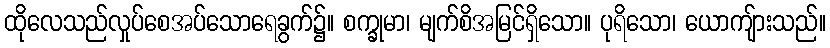
ထိုလေသည်လှုပ်စေအပ်သောရေခွက်၌။ စက္ခုမာ၊ မျက်စိအမြင်ရှိသော။ ပုရိသော၊ ယောကျ်ားသည်။